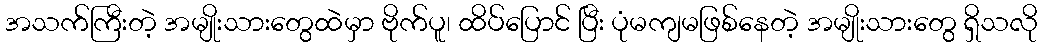
အသက်ကြီးတဲ့ အမျိုးသားတွေထဲမှာ ဗိုက်ပူ၊ ထိပ်ပြောင် ပြီး ပုံမကျမဖြစ်နေတဲ့ အမျိုးသားတွေ ရှိသလို